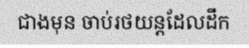
ជាងមុន ចាប់រថយន្តដែលដឹក